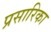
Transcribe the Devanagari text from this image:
प्रसारिका